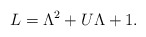
\begin{align*}L=\Lambda^2+U\Lambda+1.\end{align*}